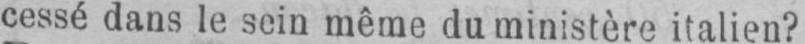
cessé dans le sein même du ministère italien?